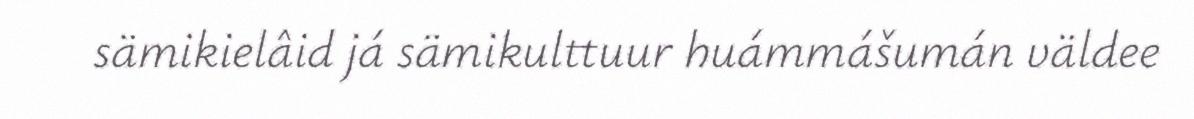
sämikielâid já sämikulttuur huámmášumán väldee